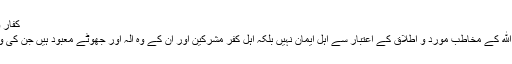
کفار و مشرکین سے خطاب
کلامِ الٰہی میں مِنْ دُوْنِ اللهِ کے مخاطب مورد و اطلاق کے اعتبار سے اہلِ ایمان نہیں بلکہ اہلِ کفر مشرکین اور ان کے وہ الٰہ اور جھوٹے معبود ہیں جن کی وہ پرستش کرتے تھے۔